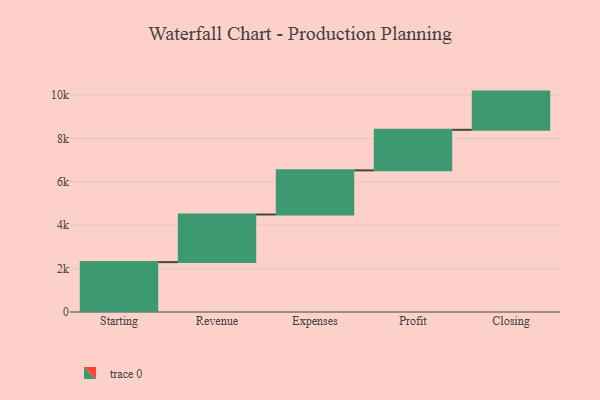
{"axis": {"x": "Step", "y": "Value"}, "legend": [""], "data": [{"x": "Starting", "y": 2301.0, "type": ""}, {"x": "Revenue", "y": 2195.0, "type": ""}, {"x": "Expenses", "y": 2035.0, "type": ""}, {"x": "Profit", "y": 1870.0, "type": ""}, {"x": "Closing", "y": 1762.0, "type": ""}]}